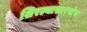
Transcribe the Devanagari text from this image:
शिरल्यासारखेच